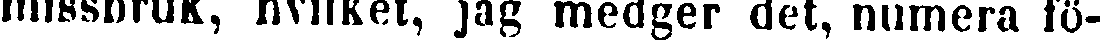
missbruk, hvilket, jag medger det, numera fö-